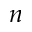
n